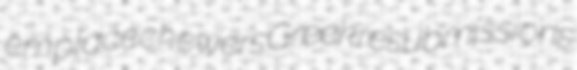
emplace chewers Greek resubmissions